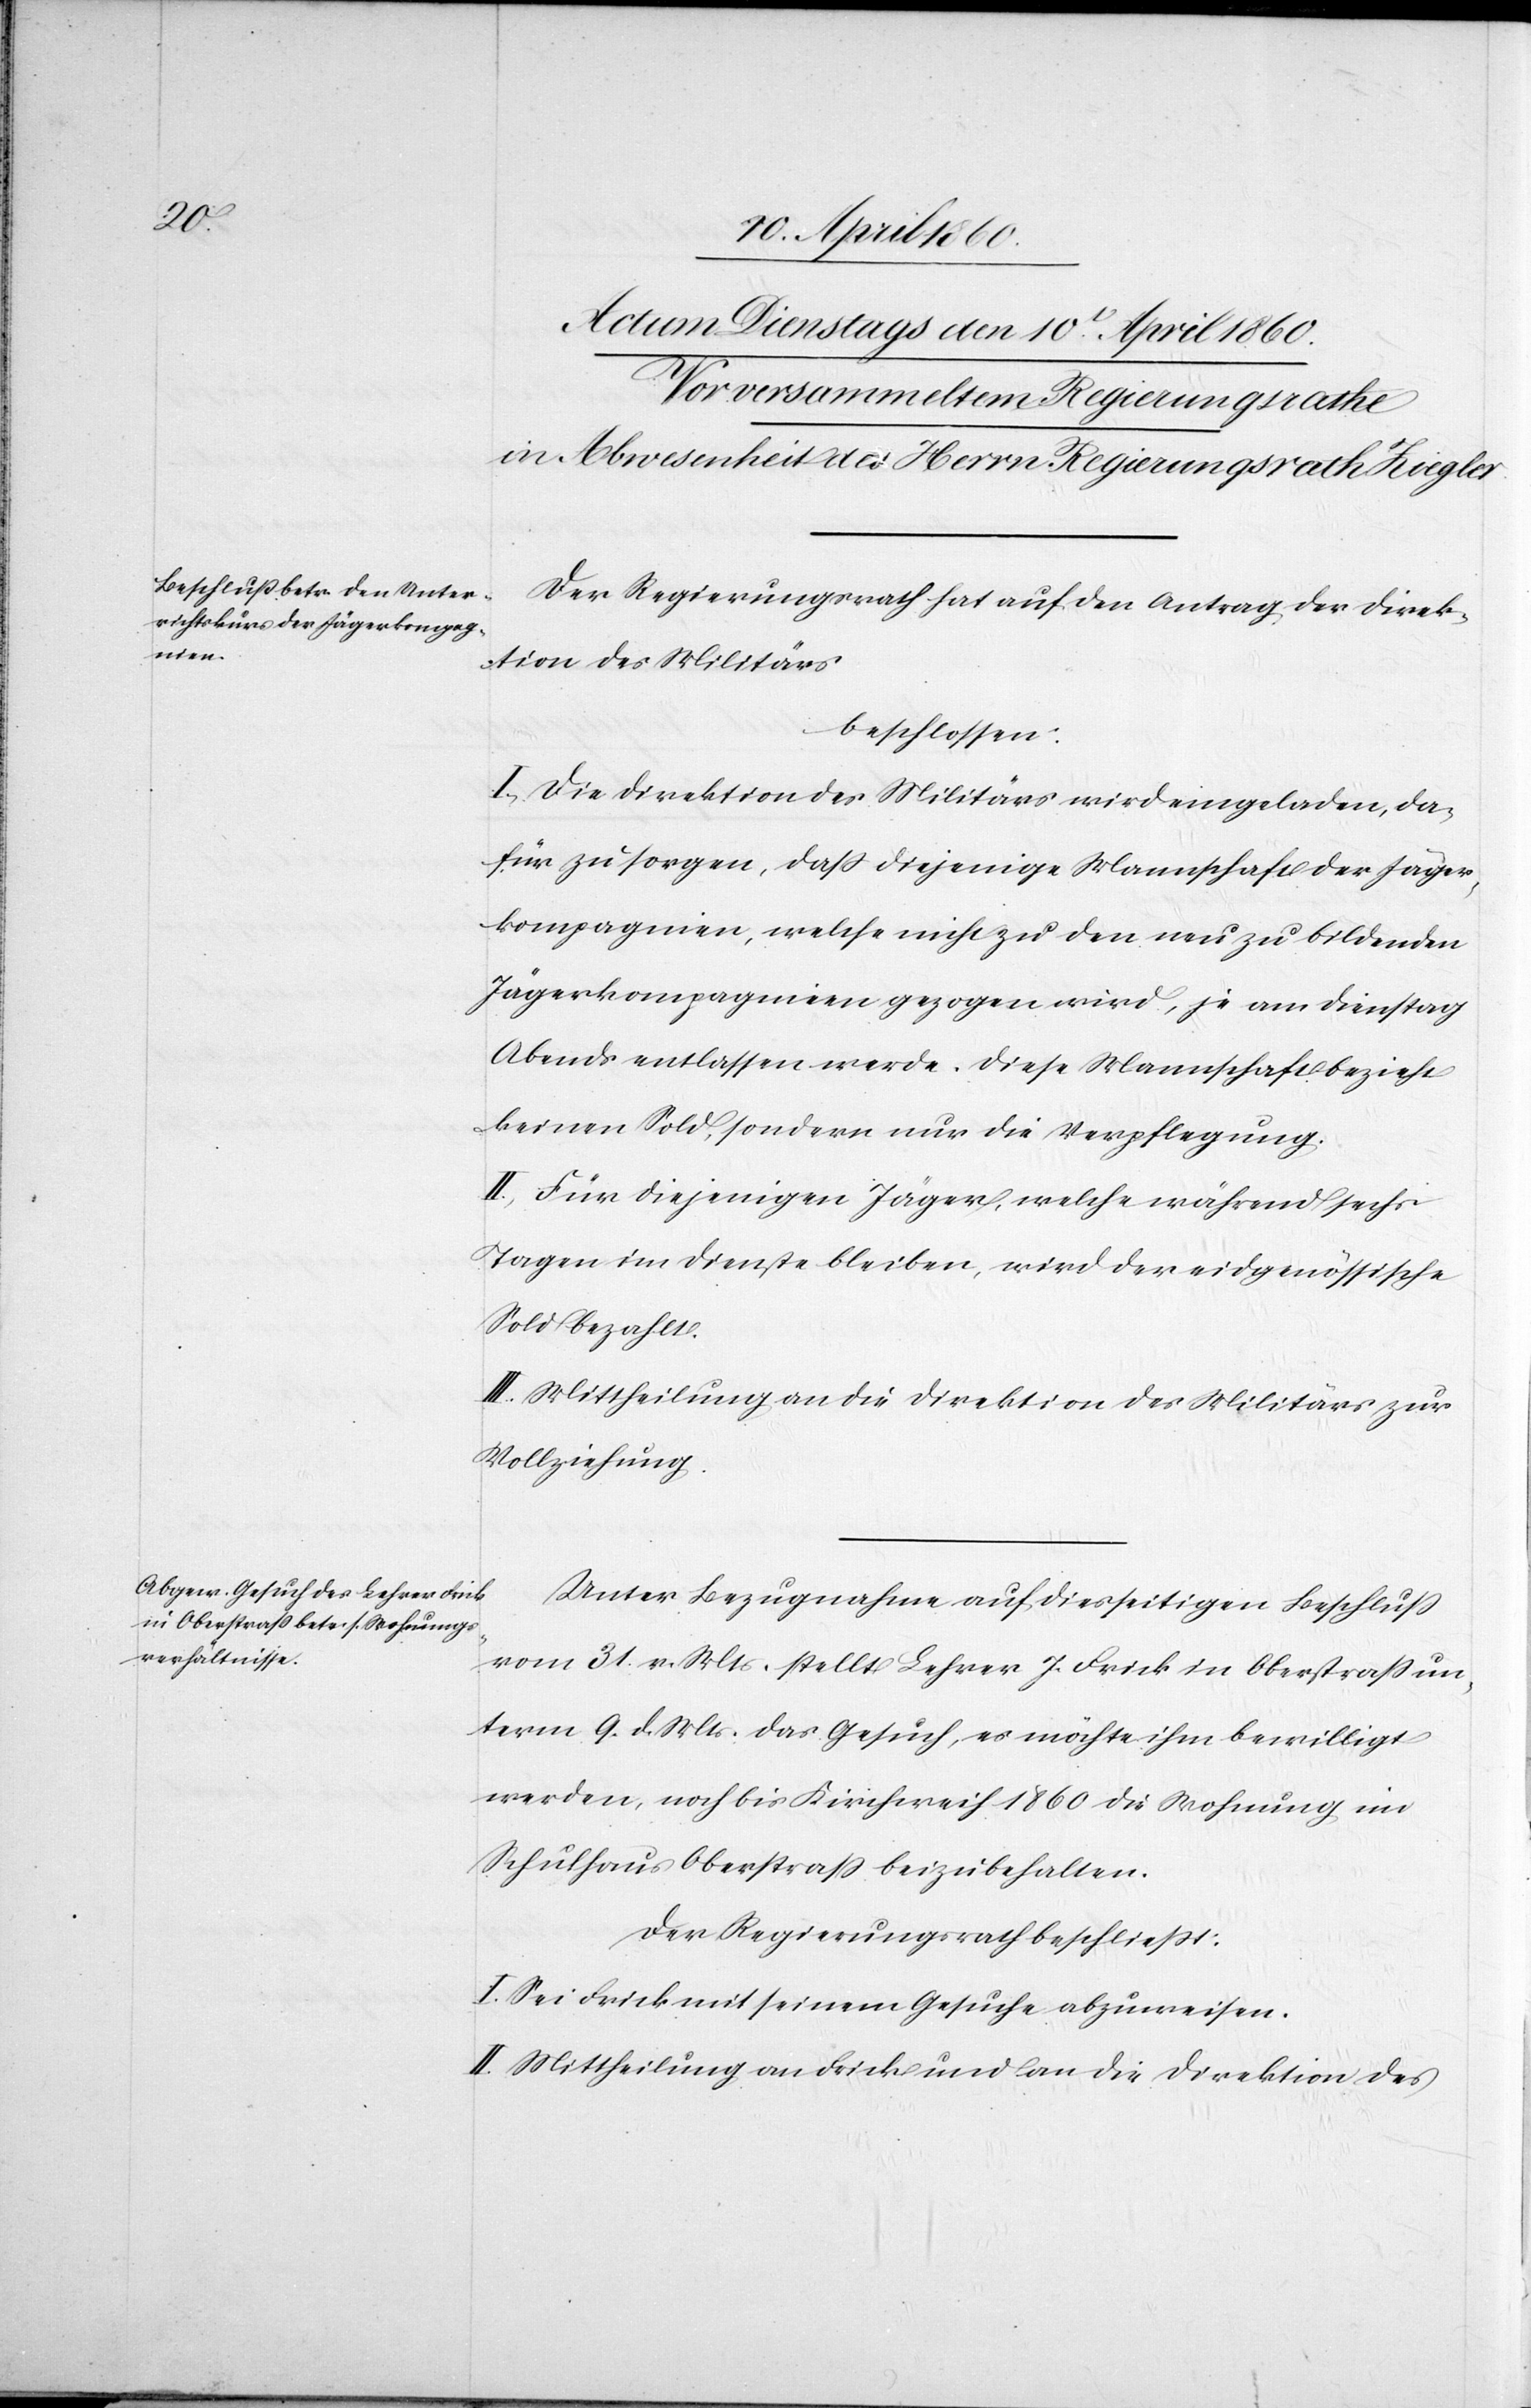
Der Regierungsrath hat auf den Antrag der Direk¬
tion des Militärs
beschlossen:
I. Die Direktion des Militärs wird eingeladen, da¬
für zu sorgen, dass diejenige Mannschaft der Jäger¬
kompagnien, welche nicht zu den neu zu bildenden
Jägerkompagnien gezogen wird, je am Dienstag
Abends entlassen werde. Diese Mannschaft bezieht
keinen Sold, sondern nur die Verpflegung.
II. Für diejenigen Jäger, welche während sechs
Tagen im Dienste bleiben, wird der eidgenössische
Sold bezahlt.
III. Mittheilung an die Direktion des Militärs zur
Vollziehung.
Unter Bezugnahme auf diesseitigen Beschluss
vom 31. v. Mts. stellt Lehrer J. Frick in Oberstrass un¬
term 9. d. Mts. das Gesuch, es möchte ihm bewilligt
werden, noch bis Kirchweih 1860 die Wohnung im
Schulhaus Oberstrass beizubehalten.
Der Regierungsrath beschliesst.
I. Sei Frick mit seinem Gesuche abzuweisen.
II. Mittheilung an Frick und an die Direktion des